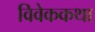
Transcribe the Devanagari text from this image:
विवेककथा